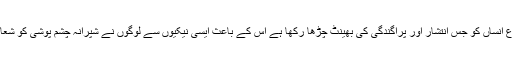
ہوس نے نوع انساں کو جس انتشار اور پراگندگی کی بھینٹ چڑھا رکھا ہے اس کے باعث ایسی نیکیوں سے لوگوں نے شپرانہ چشم پوشی کو شعار بنا لیا ہے۔